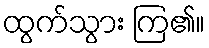
ထွက်သွား ကြ၏။